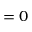
= 0